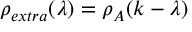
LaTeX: \rho _ { e x t r a } ( \lambda ) = \rho _ { A } ( k - \lambda )